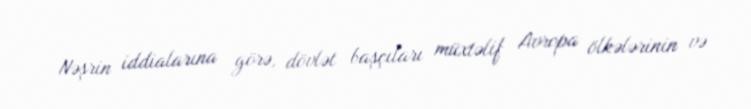
Nəşrin iddialarına görə, dövlət başçıları müxtəlif Avropa ölkələrinin və